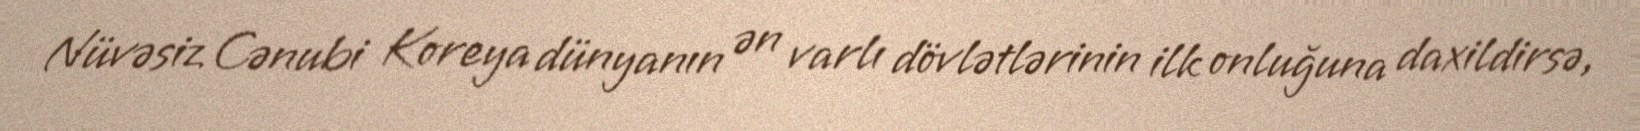
Nüvəsiz Cənubi Koreya dünyanın ən varlı dövlətlərinin ilk onluğuna daxildirsə,